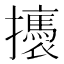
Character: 𢸣